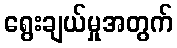
ရွေးချယ်မှုအတွက်